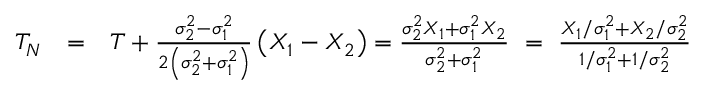
\begin{array} { r l r } { T _ { N } } & { = } & { T + \frac { \sigma _ { 2 } ^ { 2 } - \sigma _ { 1 } ^ { 2 } } { 2 \left( \sigma _ { 2 } ^ { 2 } + \sigma _ { 1 } ^ { 2 } \right) } \left( X _ { 1 } - X _ { 2 } \right) = \frac { \sigma _ { 2 } ^ { 2 } X _ { 1 } + \sigma _ { 1 } ^ { 2 } X _ { 2 } } { \sigma _ { 2 } ^ { 2 } + \sigma _ { 1 } ^ { 2 } } \, \, = \, \, \frac { X _ { 1 } / \sigma _ { 1 } ^ { 2 } + X _ { 2 } / \sigma _ { 2 } ^ { 2 } } { 1 / \sigma _ { 1 } ^ { 2 } + 1 / \sigma _ { 2 } ^ { 2 } } } \end{array}